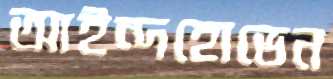
আইন্দহোভেন